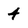
Character: 4